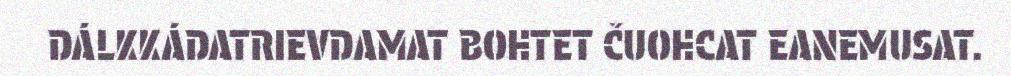
DÁLKKÁDATRIEVDAMAT BOHTET ČUOHCAT EANEMUSAT.